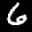
Label: 6